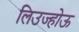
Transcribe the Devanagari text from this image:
लिउज्होऊ